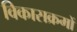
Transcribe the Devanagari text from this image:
विकासक्रमों